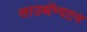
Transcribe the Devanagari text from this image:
साउथॅम्पटन